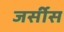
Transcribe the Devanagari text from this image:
जर्सीस